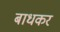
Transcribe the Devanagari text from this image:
बाधकर